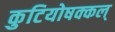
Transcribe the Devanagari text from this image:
कुटियोषक्कल्